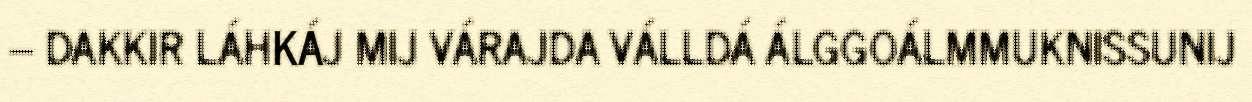
– DAKKIR LÁHKÁJ MIJ VÁRAJDA VÁLLDÁ ÁLGGOÁLMMUKNISSUNIJ